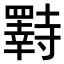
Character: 𫅌